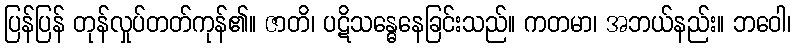
ပြန်ပြန် တုန်လှုပ်တတ်ကုန်၏။ ဇာတိ၊ ပဋိသန္ဓေနေခြင်းသည်။ ကတမာ၊ အဘယ်နည်း။ ဘဝေါ၊